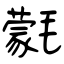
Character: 氋